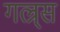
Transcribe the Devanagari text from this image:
गल्र्स